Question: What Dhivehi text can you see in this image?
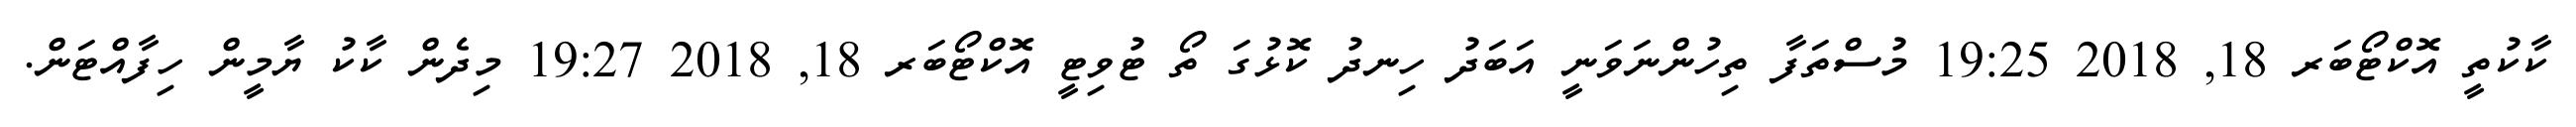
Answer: ކާކުތީ އޮކްޓޯބަރ 18, 2018 19:25 މުސްތަފާ ތިހުންނަވަނީ އަބަދު ހިނދު ކޮޅުގަ ތޯ ޓުވިޓީ އޮކްޓޯބަރ 18, 2018 19:27 މިދެން ކާކު ޔާމީން ހިފާއްޓަން.